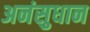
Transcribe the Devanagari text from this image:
अनंसुधान